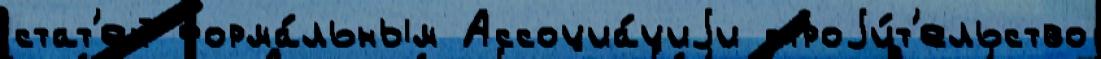
стат'ей форма́льным Ассоциа́циjи строjи́т'ельство